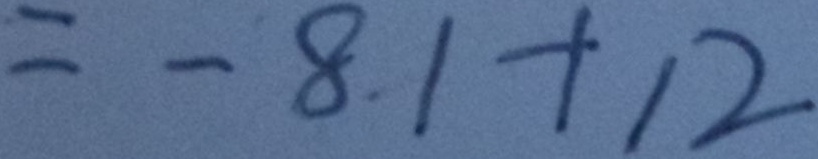
= - 8 1 + 1 2